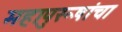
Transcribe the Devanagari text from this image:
महापुरूषांचा